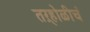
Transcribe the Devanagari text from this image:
तऱ्होळीचं